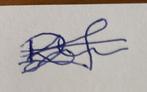
Signature authenticity: forged